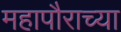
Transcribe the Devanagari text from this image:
महापौराच्या